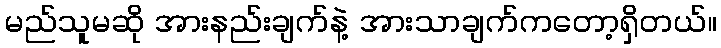
မည်သူမဆို အားနည်းချက်နဲ့ အားသာချက်ကတော့ရှိတယ်။